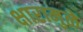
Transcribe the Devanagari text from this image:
क्षारामुळे